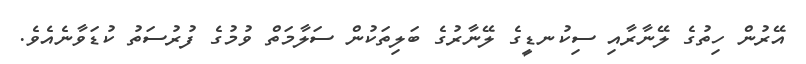
އޭރުން ހިތުގެ ލޭނާރާއި ސިކުނޑީގެ ލޭނާރުގެ ބަލިތަކުން ސަލާމަތް ވުމުގެ ފުރުސަތު ކުޑަވާނެއެވެ.